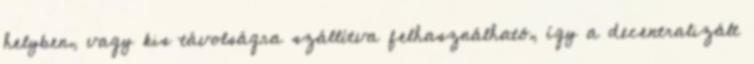
helyben, vagy kis távolságra szállítva felhasználható, így a decentralizált